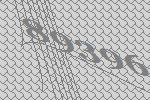
89396